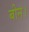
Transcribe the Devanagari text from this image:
बीन।